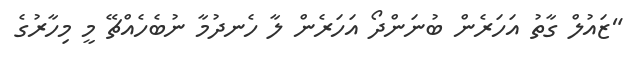
"ޒައުލް ގާތު އަހަރެން ބުނަންދޯ އަހަރެން ލާ ހެނދުމާ ނުބެހެއްޗޭ މީ މިހާރުގެ